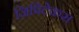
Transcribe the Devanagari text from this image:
जिपिटेकस